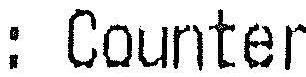
: COUNTER